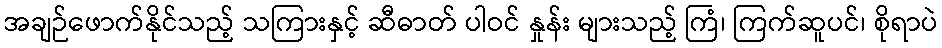
အချဉ်ဖောက်နိုင်သည့် သကြားနှင့် ဆီဓာတ် ပါဝင် နှုန်း များသည့် ကြံ၊ ကြက်ဆူပင်၊ စိုရာပဲ